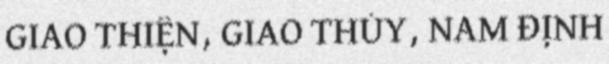
GIAO THIỆN, GIAO THỦY, NAM ĐỊNH